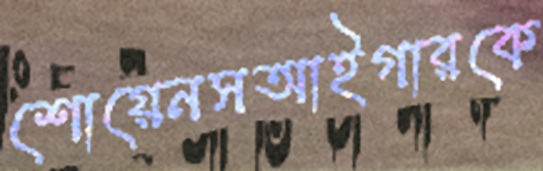
শোয়েনসআইগারকে